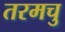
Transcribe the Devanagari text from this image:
तरमचु